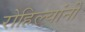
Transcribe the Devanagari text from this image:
रोहिल्यांनी